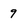
Character: 9